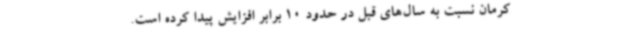
کرمان نسبت به سال‌های قبل در حدود 10 برابر افزایش پیدا کرده است.